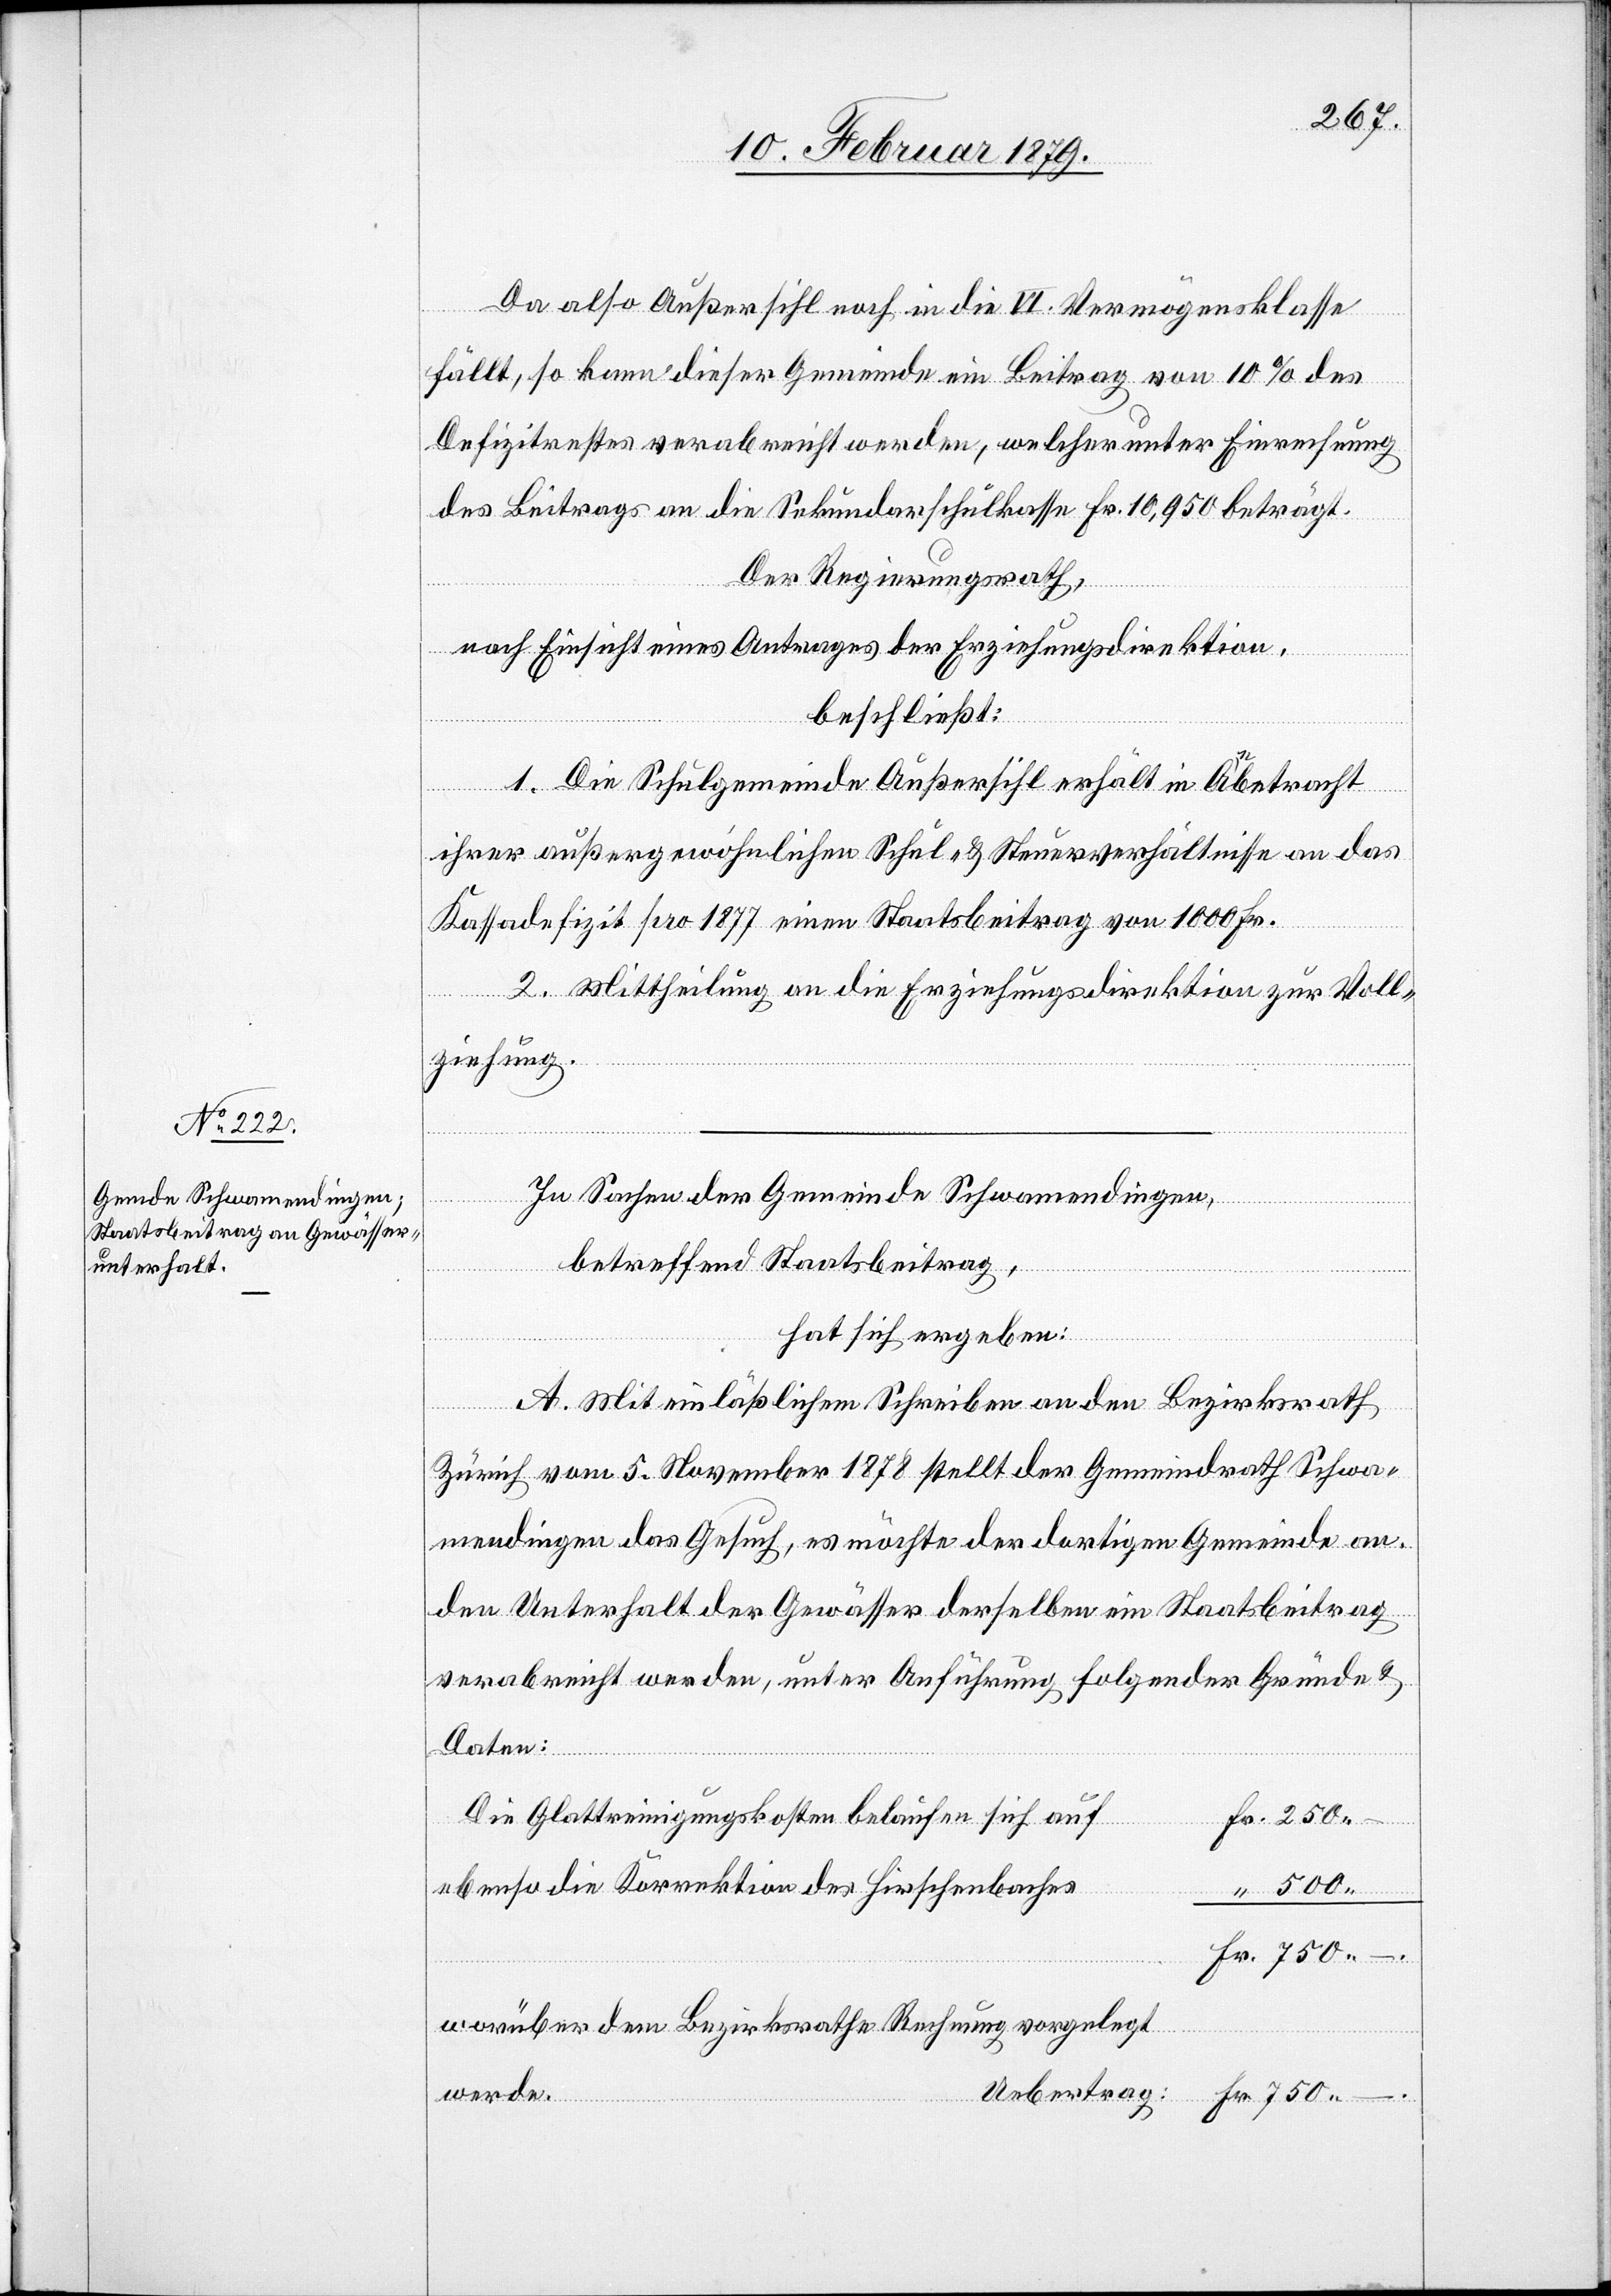
Da also Außersihl noch in die VI. Vermögensklasse
fällt, so kann dieser Gemeinde ein Beitrag von 10% des
Defizitrestes verabreicht werden, welcher unter Einrechnung
des Beitrags an die Sekundarschulkasse Fr. 10,950 beträgt.
Der Regierungsrath,
nach Einsicht eines Antrages der Erziehungsdirektion,
beschließt:
1. Die Schulgemeinde Außersihl erhält in Anbetracht
750.–
ihrer außergewöhnlichen Schul- & Steuerverhältnisse an das
Kassadefizit pro 1877 einen Staatsbeitrag von 1000 Fr.
2. Mittheilung an die Erziehungsdirektion zur Voll¬
ziehung.
In Sachen der Gemeinde Schwamendingen,
betreffend Staatsbeitrag,
hat sich ergeben:
Fr.
A. Mit einläßlichem Schreiben an den Bezirksrath
Zürich vom 5. November 1878 stellt der Gemeindrath Schwa¬
mendingen das Gesuch, es möchte der dortigen Gemeinde an
den Unterhalt der Gewässer derselben ein Staatsbeitrag
verabreicht werden, unter Anführung folgender Gründe &
Daten:
Die Glattreinigungskosten belaufen sich auf
ebenso die Korrektion des Hirschenbaches
worüber dem Bezirksrathe Rechnung vorgelegt
werde.